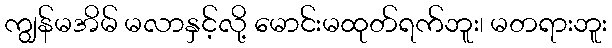
ကျွန်မအိမ် မလာနှင့်လို့ မောင်းမထုတ်ရက်ဘူး၊ မတရားဘူး